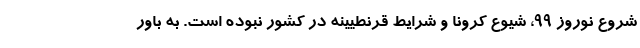
شروع نوروز ۹۹، شیوع کرونا و شرایط قرنطیینه در کشور نبوده است. به باور